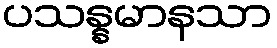
ပသန္နမာနသာ